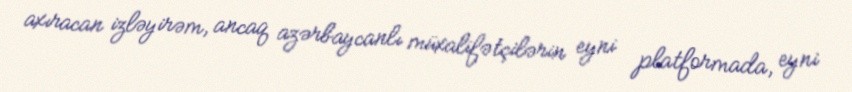
axıracan izləyirəm, ancaq azərbaycanlı müxalifətçilərin eyni platformada, eyni